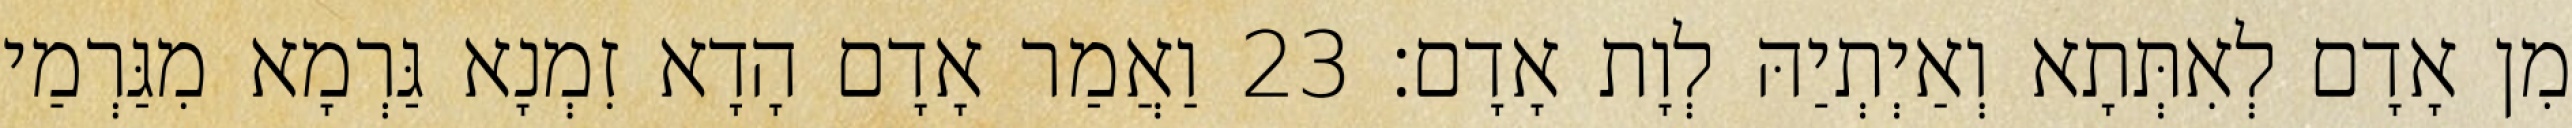
מִן אָדָם לְאִתְּתָא וְאַיְתְיַהּ לְוָת אָדָם׃ 23 וַאֲמַר אָדָם הָדָא זִמְנָא גַּרְמָא מִגַּרְמַי